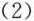
(2)